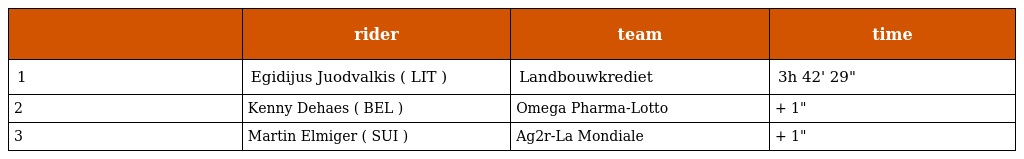
|  | rider | team | time |
 | --- | --- | --- | --- |
 | 1 | Egidijus Juodvalkis ( LIT ) | Landbouwkrediet | 3h 42' 29" |
 | 2 | Kenny Dehaes ( BEL ) | Omega Pharma-Lotto | + 1" |
 | 3 | Martin Elmiger ( SUI ) | Ag2r-La Mondiale | + 1" |